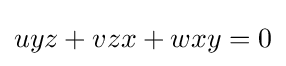
uyz+vzx+wxy=0